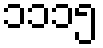
၁၁၁၅